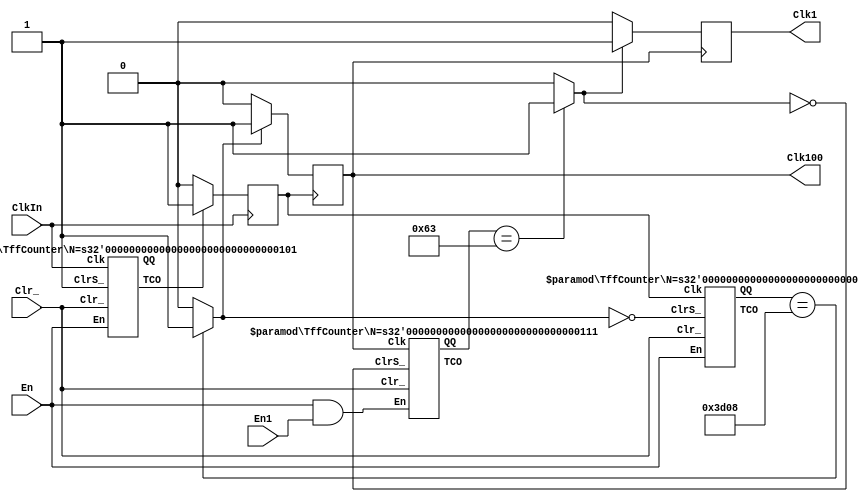
/****************************
*  Generate 100 Hz and 1 Hz *
*  clocks from CLOCK_50 of  *
*  DE0 board                *
*  11-25-12, P. Mathys      *
****************************/

module Clock100and1(ClkIn,En,En1,Clr_,Clk100,Clk1);
	input ClkIn;         // 50 MHz clock input
	input En;            // Enable clock generation
	input En1;           // Enable 1 Hz generation
	input Clr_;          // Clear all registers
	output Clk100;       // 100 Hz clock
	output Clk1;         // 1 Hz clock
	parameter N1 = 5;    // Prescaler, divide by 32
	wire [N1-1:0] QQ1;
	wire TCO1;           // Terminal count 1
	reg TCO1S;           // TCO1 synchronized
	parameter N2 = 14;   // Divide by 15625 counter
	parameter M2 = 15625;
	wire [N2-1:0] QQ2;
	wire CM2;            // M2-1 count detect
	reg CM2S;            // Synchronized CM2
	wire TCO2;
	parameter N3 = 7;    // Divide by 100 counter
	parameter M3 = 100;
	wire [N3-1:0] QQ3;
	wire CM3;            // M3-1 count detect
	reg CM3S;            // Synchronized CM3
	wire TCO3;
	
	TffCounter #(.N(N1)) div32(ClkIn,En,Clr_,1'b1,QQ1,TCO1);
	always @(negedge ClkIn)
		if (TCO1) TCO1S <= 1'b1;
		else TCO1S <= 1'b0;
	TffCounter #(.N(N2)) div15625(TCO1S,En,Clr_,~CM2,QQ2,TCO2);
	assign CM2 = (QQ2 == M2-1) ? 1'b1 : 1'b0;
	always @(negedge TCO1S)
		if (CM2) CM2S <= 1'b1;
		else CM2S <= 1'b0;
	assign Clk100 = CM2S;
	TffCounter #(.N(N3)) div100(Clk100,En&En1,Clr_,~CM3,QQ3,TCO3);
	assign CM3 = (QQ3 == M3-1) ? 1'b1: 1'b0;
	always @(negedge Clk100)
		if (CM3) CM3S <= 1'b1;
		else CM3S <= 1'b0;
	assign Clk1 = CM3S;
endmodule // Clock100and1

/***********************************
*  Positive edge-triggered N-bit   *
*  T flip-flop counter with        *
*  enable (En) input, asynchronous *
*  (Clr_) and synchronous (ClrS_)  *
*  clear, and terminal count       *
*  output (TCO).                   *
*  11-22-12, P. Mathys             *
***********************************/

module TffCounter(Clk,En,Clr_,ClrS_,QQ,TCO);
	parameter N = 4;   // Number of bits
	input Clk;         // Clock
	input En;          // Enable
	input Clr_;        // Asynchronous clear
	input ClrS_;       // Synchronous clear
	output [N-1:0] QQ; // Flip-flop state values
	output TCO;        // Terminal (all 1's) count output
	wire [N:0] TT;     // Flip-flop T values
	
	genvar i;
	assign TT[0] = En;
	generate
		for (i=0; i<N; i=i+1) begin: unit
			TffUnit FF(Clk,TT[i],Clr_,ClrS_,TT[i+1],QQ[i]);
		end
	endgenerate
	assign TCO = &QQ;
endmodule  // TffCounter

/**************************
*  T flip-flop with Clr_, *
*  synchronous ClrS_, and *
*  Tout = T&Q             *
*  11-22-12, P. Mathys    *
**************************/

module TffUnit(Clk,T,Clr_,ClrS_,Tout,Q);
	input Clk,T;  // Clock and T inputs
	input Clr_;   // Asynchronous clear
	input ClrS_;  // Synchronous clear
	output Tout;  // T output for next stage
	output reg Q;
	
	always @(posedge Clk, negedge Clr_)
		if (!Clr_) Q <= 1'b0;
		else if (!ClrS_) Q <= 1'b0;
		else Q <= Q&~T|~Q&T;
	assign Tout = T&Q;
endmodule  // TffUnit